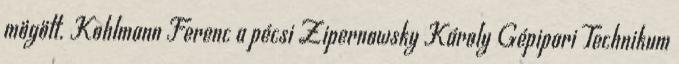
mögött. Kohlmann Ferenc a pécsi Zipernowsky Károly Gépipari Technikum